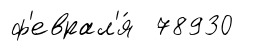
ф'еврал'я́ 78930